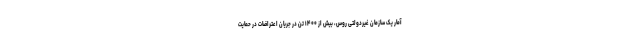
آمار یک سازمان غیردولتی روس، بیش از ۱۴۰۰ تن در جریان اعتراضات در حمایت